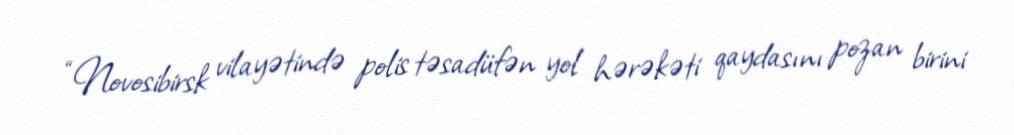
“Novosibirsk vilayətində polis təsadüfən yol hərəkəti qaydasını pozan birini